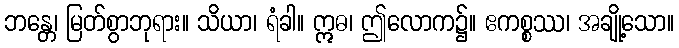
ဘန္တေ၊ မြတ်စွာဘုရား။ သိယာ၊ ရံခါ။ ဣဓ၊ ဤလောက၌။ ဧကစ္စဿ၊ အချို့သော။